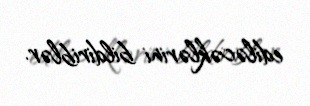
ediləcəklərini bildiriblər.